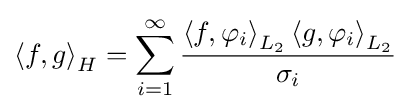
\left\langle f,g\right\rangle _{H}=\sum _{i=1}^{\infty }{\frac {\left\langle f,\varphi _{i}\right\rangle _{L_{2}}\left\langle g,\varphi _{i}\right\rangle _{L_{2}}}{\sigma _{i}}}